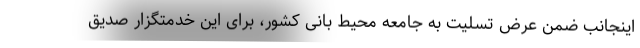
اینجانب ضمن عرض تسلیت به جامعه محیط بانی کشور، برای این خدمتگزار صدیق